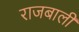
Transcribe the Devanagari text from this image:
राजबाली